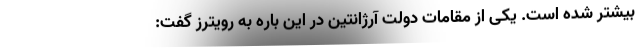
بیشتر شده است. یکی از مقامات دولت آرژانتین در این باره به رویترز گفت: